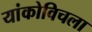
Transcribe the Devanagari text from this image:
यांकोविचला